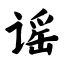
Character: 谣